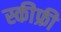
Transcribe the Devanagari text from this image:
स्कीफ्री